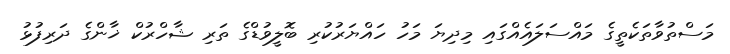
މަސްތުވާތަކެތީގެ މައްސަލައެެއްގައި މިދިޔަ މަހު ހައްޔަރުކުރި ބޮލީވުޑްގެ ތަރި ޝާހްރުކް ޚާންގެ ދަރިފުޅު